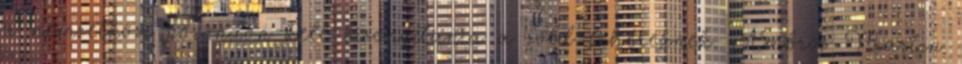
a nemzetközi porondon kell bizonyítania a zöld-fehéreknek. Ambros Martin